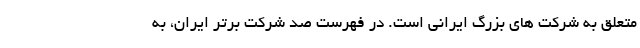
متعلق به شرکت های بزرگ ایرانی است. در فهرست صد شرکت برتر ایران، به